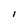
Character: i